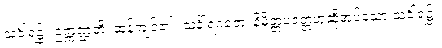
သင်္ခါရ၌။ ဥက္ကဏ္ဌတိ၊ ဆန့်ကျင်၏။ သင်္ခါရဂတေ၊ နိမိတ္တပဝတ္တဟုဆိုအပ်သော သင်္ခါရ၌။